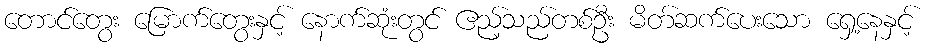
တောင်တွေး မြောက်တွေးနှင့် နောက်ဆုံးတွင် ဧည့်သည်တစ်ဦး မိတ်ဆက်ပေးသော ရှေ့နေနှင့်